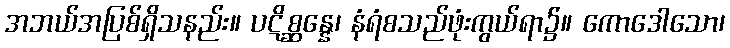
အဘယ်အပြစ်ရှိသနည်း။ ပဋိစ္ဆန္နေ၊ နံရံစသည်ဖုံးကွယ်ရာ၌။ ကောဒေါသော၊